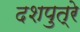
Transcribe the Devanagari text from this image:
दशपुत्रे